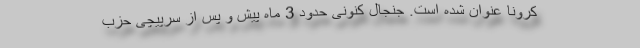
کرونا عنوان شده است. جنجال کنونی حدود 3 ماه پیش و پس از سرپیچی حزب